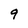
Character: 9